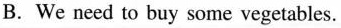
B.We need to buy some vegetables.